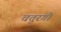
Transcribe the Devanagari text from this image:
चतुरंगी